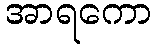
အာရကော